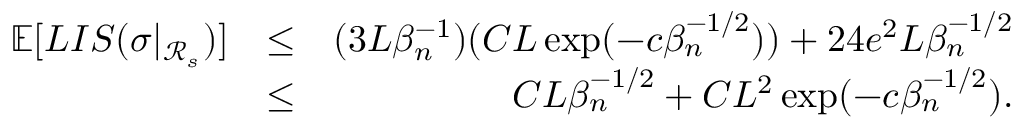
\begin{array} { r l r } { \mathbb { E } [ L I S ( \sigma | _ { \mathcal { R } _ { s } } ) ] } & { \leq } & { ( 3 L \beta _ { n } ^ { - 1 } ) ( C L \exp ( - c \beta _ { n } ^ { - 1 \slash 2 } ) ) + 2 4 e ^ { 2 } L \beta _ { n } ^ { - 1 \slash 2 } } \\ & { \leq } & { C L \beta _ { n } ^ { - 1 \slash 2 } + C L ^ { 2 } \exp ( - c \beta _ { n } ^ { - 1 \slash 2 } ) . } \end{array}